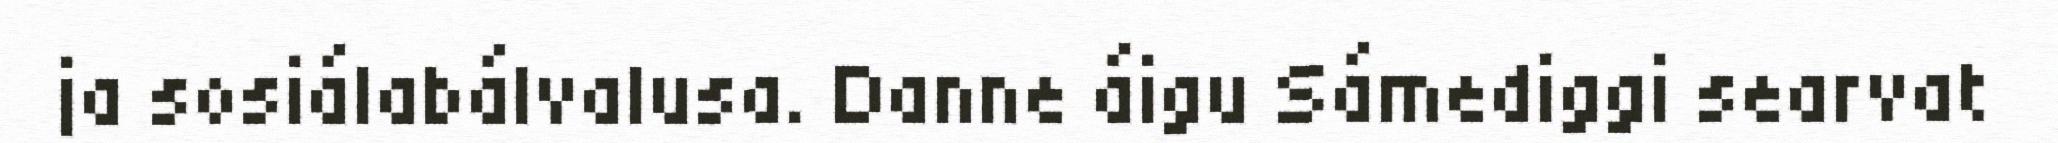
ja sosiálabálvalusa. Danne áigu Sámediggi searvat